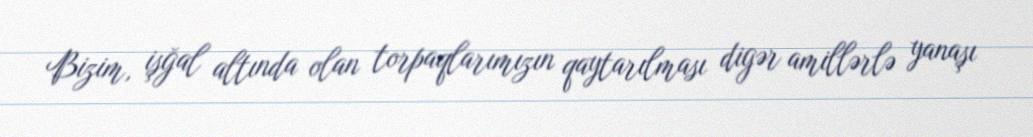
Bizim, işğal altında olan torpaqlarımızın qaytarılması digər amillərlə yanaşı